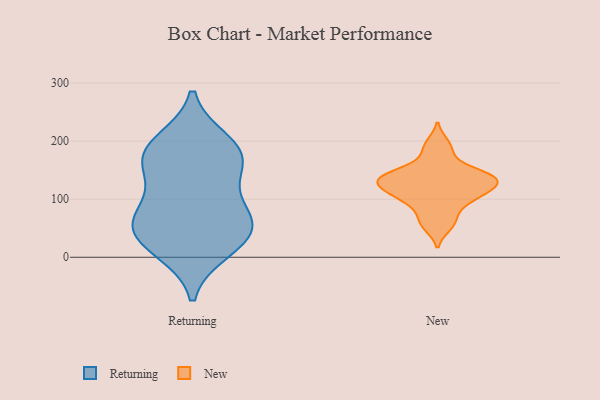
{"axis": {"x": "Customer Acquisition Cost (USD)", "y": "Value"}, "legend": ["New", "Returning"], "data": [{"x": "", "y": 53, "type": "Returning"}, {"x": "", "y": 155, "type": "Returning"}, {"x": "", "y": 67, "type": "Returning"}, {"x": "", "y": 40, "type": "Returning"}, {"x": "", "y": 198, "type": "Returning"}, {"x": "", "y": 184, "type": "Returning"}, {"x": "", "y": 26, "type": "Returning"}, {"x": "", "y": 13, "type": "Returning"}, {"x": "", "y": 178, "type": "Returning"}, {"x": "", "y": 67, "type": "Returning"}, {"x": "", "y": 97, "type": "Returning"}, {"x": "", "y": 161, "type": "Returning"}, {"x": "", "y": 100, "type": "New"}, {"x": "", "y": 179, "type": "New"}, {"x": "", "y": 134, "type": "New"}, {"x": "", "y": 127, "type": "New"}, {"x": "", "y": 53, "type": "New"}, {"x": "", "y": 63, "type": "New"}, {"x": "", "y": 108, "type": "New"}, {"x": "", "y": 145, "type": "New"}, {"x": "", "y": 120, "type": "New"}, {"x": "", "y": 196, "type": "New"}, {"x": "", "y": 125, "type": "New"}, {"x": "", "y": 143, "type": "New"}, {"x": "", "y": 144, "type": "New"}, {"x": "", "y": 139, "type": "New"}, {"x": "", "y": 85, "type": "New"}, {"x": "", "y": 109, "type": "New"}]}